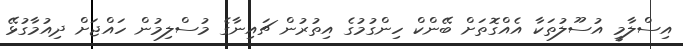
އިސްލާމީ އުސޫލުތަކާ އެއްގޮތަށް ބޭންކް ހިންގުމުގެ އިތުރުން ޗައިނާގެ މުސްލިމުން ހައްޖަށް ދިއުމާގުޅޭ